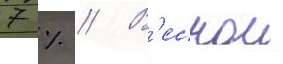
7 % // В'еснои